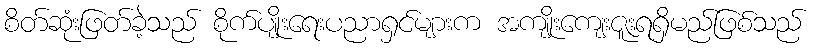
စိတ်ဆုံးဖြတ်ခဲ့သည် စိုက်ပျိုးရေးပညာရှင်များက အကျိုးကျေးဇူးရရှိမည်ဖြစ်သည်